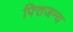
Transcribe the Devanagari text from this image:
पित्तजन्य